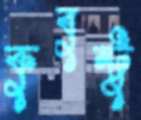
কুবুন্টু